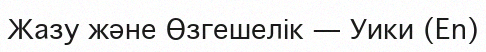
Жазу және Өзгешелік — Уики (En)